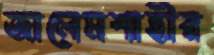
জালেমশাহীর